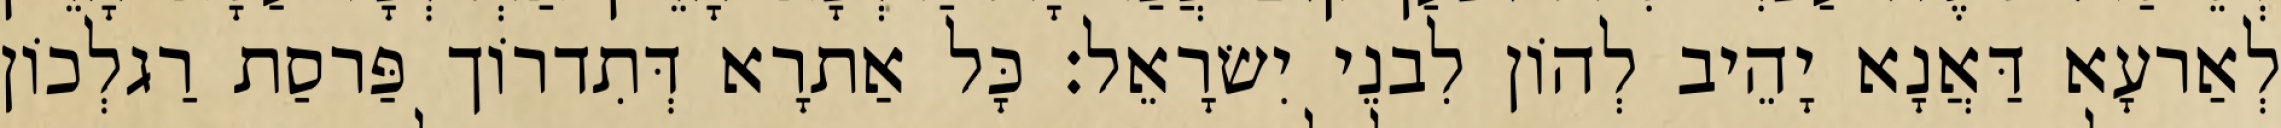
לְאַרעָא דַּאֲנָא יָהֵיב לְהוֹן לִבנֵי יִשׂרָאֵל׃ כָּל אַתרָא דְּתִדרוֹך פַּרסַת רַגלְכוֹן